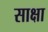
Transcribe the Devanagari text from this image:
साक्षा